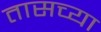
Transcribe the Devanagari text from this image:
तासच्या